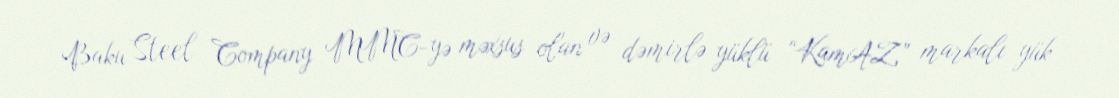
Baku Steel Company MMC-yə məxsus olan və dəmirlə yüklü “KamAZ” markalı yük